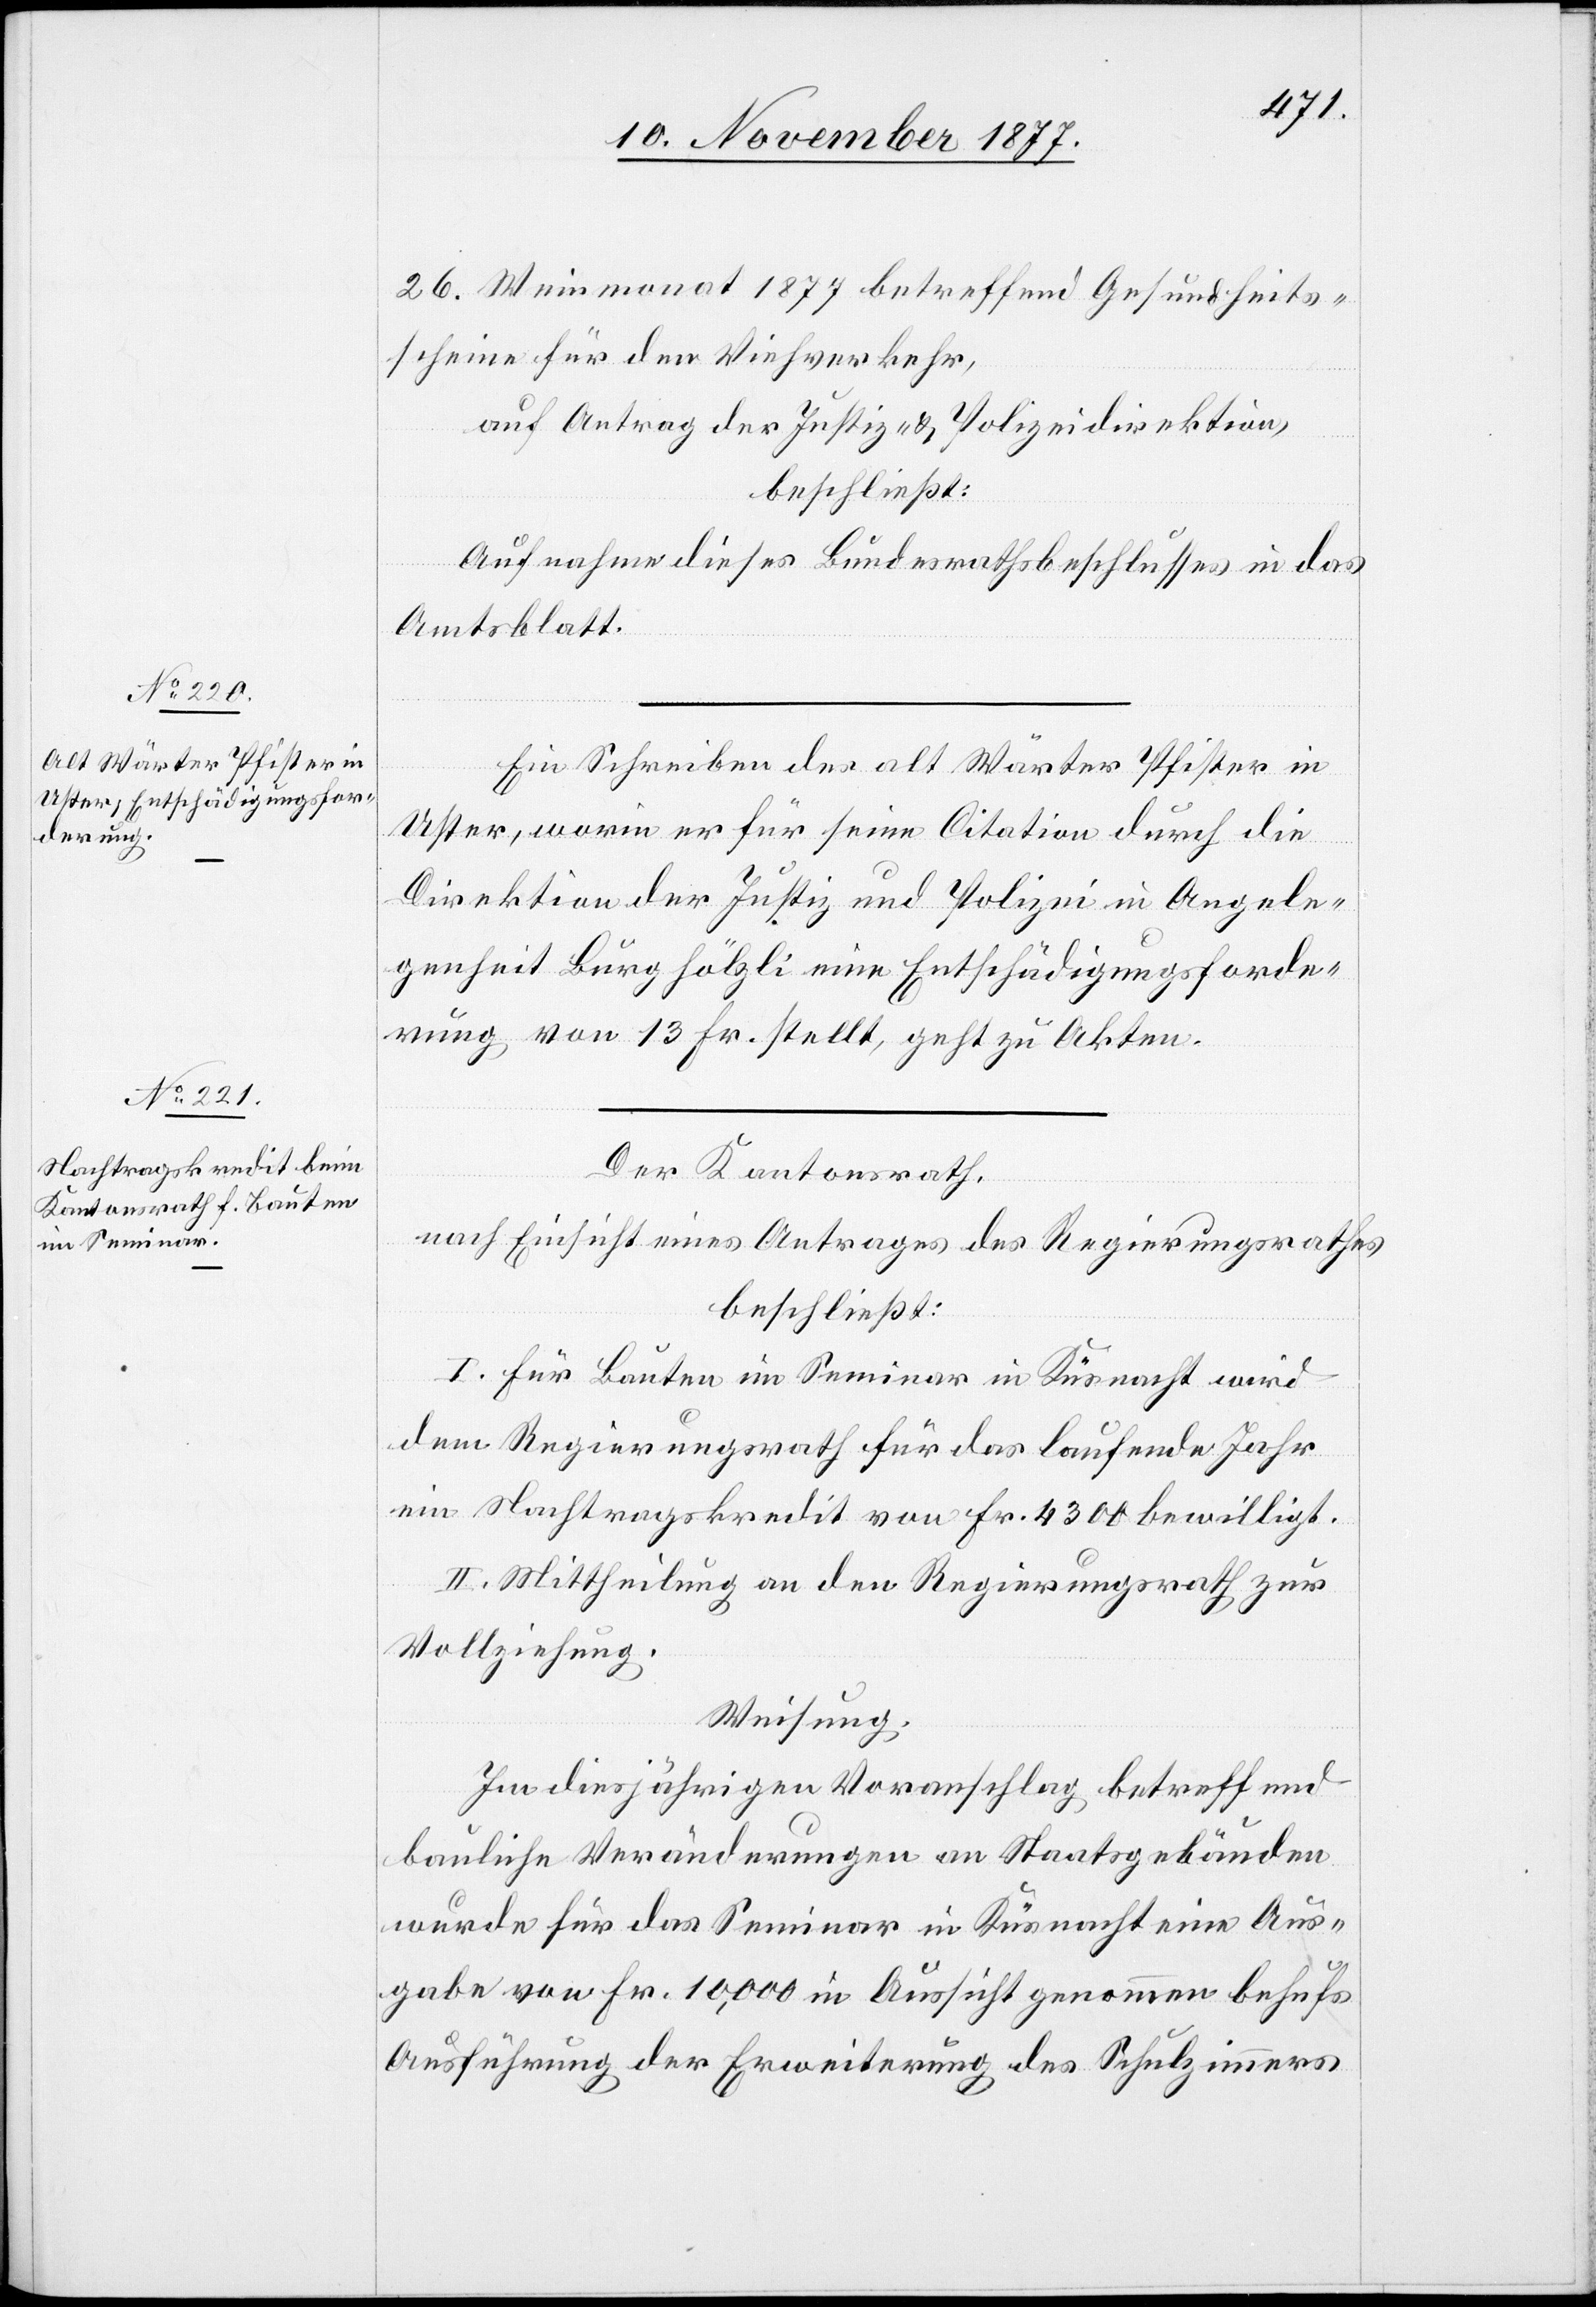
26. Weinmonat 1877 betreffend Gesundheits¬
scheine für den Viehverkehr,
n Antrag der Justiz- & Polizeidirektion,
beschließt:
Aufnahme dieses Bundesrathsbeschlusses in das
Amtsblatt.
Ein Schreiben des alt Wärter Pfister in
Uster, worin er für seine Citation durch die
de¬
Direktion der Justiz und Polizei in Angele¬
genheit Burghölzli eine Entschädigungsforde¬
rung von 13 Fr. stellt, geht zu Akten.
Der Kantonsrath,
nach Einsicht eines Antrages des Regierungsrathes
beschließt:
I. Für Bauten im Seminar in Küsnacht wird
dem Regierungsrath für das laufende Jahr
ein Nachtragskredit von Fr. 4300 bewilligt.
II. Mittheilung an den Regierungsrath zur
Vollziehung.
Weisung.
Im diesjährigen Voranschlag betreffend
bauliche Veränderungen an Staatsgebäuden
wurde für das Seminar in Küsnacht eine Aus¬
gabe von Fr. 10,000 in Aussicht genommen behufs
Ausführung der Erweiterung des Schulzimmers